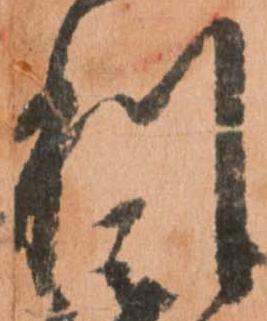
利